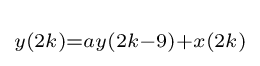
\scriptstyle y(2k)=ay(2k-9)+x(2k)